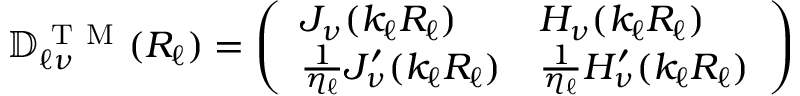
\mathbb { D } _ { \ell \nu } ^ { \mathrm { ~ T ~ M ~ } } ( R _ { \ell } ) = \left( \begin{array} { l l } { J _ { \nu } ( k _ { \ell } R _ { \ell } ) } & { H _ { \nu } ( k _ { \ell } R _ { \ell } ) } \\ { \frac { 1 } { \eta _ { \ell } } J _ { \nu } ^ { \prime } ( k _ { \ell } R _ { \ell } ) } & { \frac { 1 } { \eta _ { \ell } } H _ { \nu } ^ { \prime } ( k _ { \ell } R _ { \ell } ) } \end{array} \right)